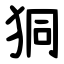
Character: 狪